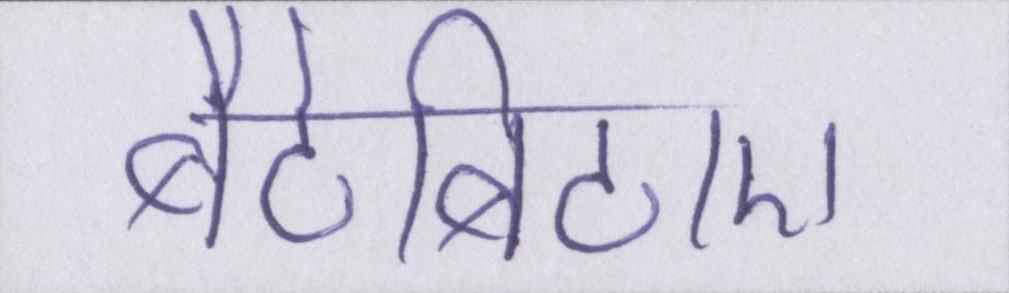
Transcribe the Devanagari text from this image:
बैठेबिठाए